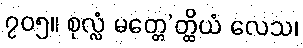
၇၀၅။ စုလ္လံ မတ္တေ’တ္ထိယံ လေသ၊